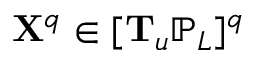
\mathbf { X } ^ { q } \in [ \mathbf { T } _ { \mathfrak { u } } \mathbb { P } _ { L } ] ^ { q }